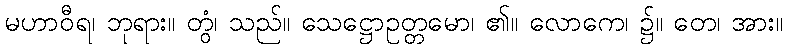
မဟာဝီရ၊ ဘုရား။ တွံ၊ သည်။ သေဋ္ဌောဥတ္တမော၊ ၏။ လောကေ၊ ၌။ တေ၊ အား။